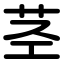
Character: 茎